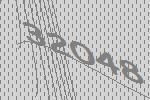
32048